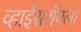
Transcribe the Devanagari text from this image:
व्हाईसरॉयला